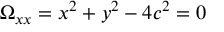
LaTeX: \Omega _ { x x } = x ^ { 2 } + y ^ { 2 } - 4 c ^ { 2 } = 0